Medical and sanitary report of the native army of Madras for the year
Year: 1875
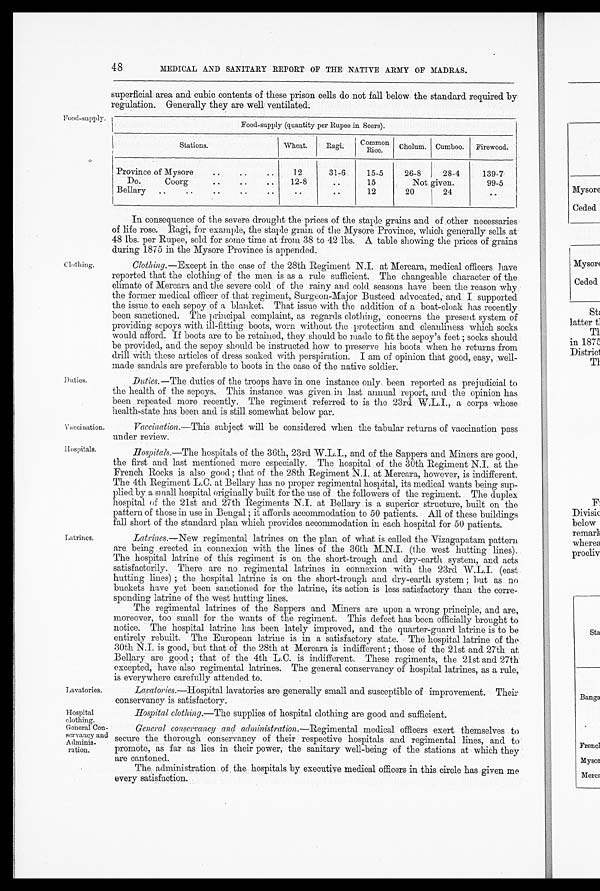
Firewood.
139-7
99-5
Stations.
Province of Mysore .. .. ..
Do.
Coorg
.. .. ..
Bellary .. .. .. .. ..
Ragi.
Common
Rice.
15-5
15
12
Cholum. Cumboo.
26-8
28-4
Not given.
20
24
Wheat.
12
12-8
..
31-6
.. ..
Food-supply.
48
MEDICAL AND SANITARY REPORT OF THE NATIVE ARMY OF MADRAS.
superficial area and. cubic contents of these prison cells do not fall below the standard required by
regulation. Generally they are well ventilated.
In consequence of the severe drought the prices of the staple grains and of other necessaries
of life rose. Ragi, for example, the staple grain of th the Mysore Province, which generally sells at
48 lbs. per Rupee, sold for some time at from 38 to 42 lbs. A table showing the prices of grains
during 1875 in the Mysore Province is appended.
Clothing. Clothing.—Except in the case of the 28th Regiment N.I. at Mercara, medical officers have
reported that the clothing of the men is as a rule sufficient. The changeable character of the
climate of Mercara and the severe cold of the rainy and cold seasons have been the reason why
the former medical officer of that regiment, Surgeon-Major Busteed advocated, and I supported
the issue to each sepoy of a blanket. That issue with the addition of a boat-cloak has recently
been sanctioned. The principal complaint, as regards clothing, concerns the presents system of
providing sepoys with ill-fitting boots, worn without the protection and cleanliness which socks
would afford. If boots are to be retained, they should be made to fit the sepoy's feet; socks should
be provided, and the sepoy should be instructed how to preserve his boots when he returns from
drill with these articles of dress soaked with perspiration. I am of opinion that good, easy, well-
made sandals are preferable to boots in the case of the native soldier.
Food-supply (quantity per Rupee in Seers).
Duties.—The duties of the troops have in one instance only been reported as prejudicial to
the health of the sepoys. This instance was given in last annual report, and the opinion has
been repeated more recently. The regiment referred to is the 23rd W.L.I., a corps whose
health-state has been and is still somewhat below par.
Vaccination.—This subject will be considered when the tabular returns of vaccination pass
under review.
Hospitals.—The hospitals of the 36th, 23rd and of the Sappers and Miners are good,
the first and last mentioned more especially. The hospital of the 30th Regiment N.I. at the
French Rocks is also good; that of the 28th Regiment N.I. at Mercara, however, is indifferent.
The 4th Regiment L.C. at Bellary has no proper regimental hospital, its medical wants being sup-
plied by a s3nall hospital originally built for the use of the followers of the regiment. The duplex
hospital of the 21st and 27th Regiments N.I. at Bellary is a superior structure, built on the
pattern of those in use in Bengal; it affords accommodation to 50 patients. All of these buildings
fall short of the standard plan which provides accommodation in each hospital for 50 patients.
Latrines.— New regimental latrines on the plan of what is called the Vizagapatam pattern
are being erected in connexion with the lines of the 36th M.N.I. (the west hutting lines).
The hospital latrine of this regiment is on the short-trough and dry-earth system, and acts
satisfactorily. There are no regimental latrines in connexion with the 23rd (east
hutting lines); the hospital latrine is on the short-trough and dry-earth system; but as no
buckets have yet been sanctioned for the latrine, its action is less satisfactory than the corre-
sponding latrine of the west hutting lines.
The regimental latrines of the Sappers and Miners are upon a wrong principle, and are,
moreover, too small for the wants of the regiment. This defect has been officially brought to
notice. The hospital latrine has been lately improved, and the quarter-guard latrine is to be
entirely rebuilt. The European latrine is in a satisfactory state. The hospital latrine of the
30th N.I. is good, but that of the 28th at Mercara is indifferent; those of the 21st and 27th at
Bellary are good; that of the 4th L.C. is indifferent. These regiments, the 21st and 27th
excepted, have also regimental latrines. The general conservancy of hospital latrines, as a rule,
is everywhere carefully attended to.
Lavatories.—Hospital lavatories are generally small and susceptible of improvement. Their
conservancy is satisfactory.
Hospital clothing.— The supplies of hospital clothing are good and sufficient.
General conservancy and administration. — R e g i m e n t a l m e d i c a l o f f i c e r s e x e r t t h e m s e l v e st
o
secure the thorough conservancy of their respective hospitals and regimental lines, and to
promote, as far as lies in their power, the sanitary well-being of the stations at which they
are cantoned.
The administration of the hospitals by executive medical officers in this circle has given me
every satisfaction.
Duties.
Vaccination.
Hospitals.
Latrines.
Lavatories.
Hospital
clothing.
General Con-
servancy and
A Adminis -
ration.
Mysore
Ceded
Mysor
Ceded
St,
latter th
TI
in 1871
District
T1
Divisic
below
remarl
wherer
procliv
Sts
Bang
Franc
Myso:
Mere